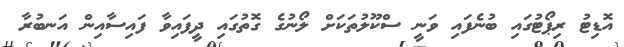
އޮޑިޓު ރިޕޯޓުގައި ބުނެފައި ވަނީ ސްކޫލުތަކަށް ލޯނުގެ ގޮތުގައި ދީފައިވާ ފައިސާއިން އަނބުރާ